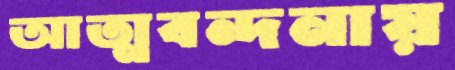
আত্মবন্দনায়